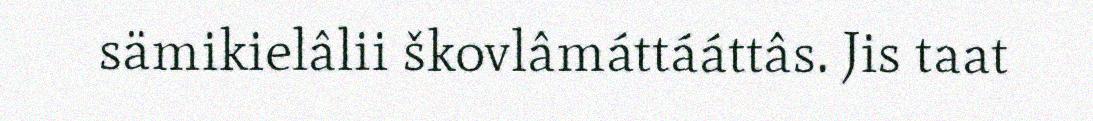
sämikielâlii škovlâmáttááttâs. Jis taat